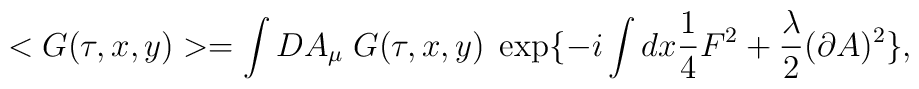
<G(\tau,x,y)> = \int DA_\mu \; G(\tau,x,y) \; \exp\{-i\int dx \frac{1}{4} F^2 +\frac{\lambda}{2} (\partial A)^2\},